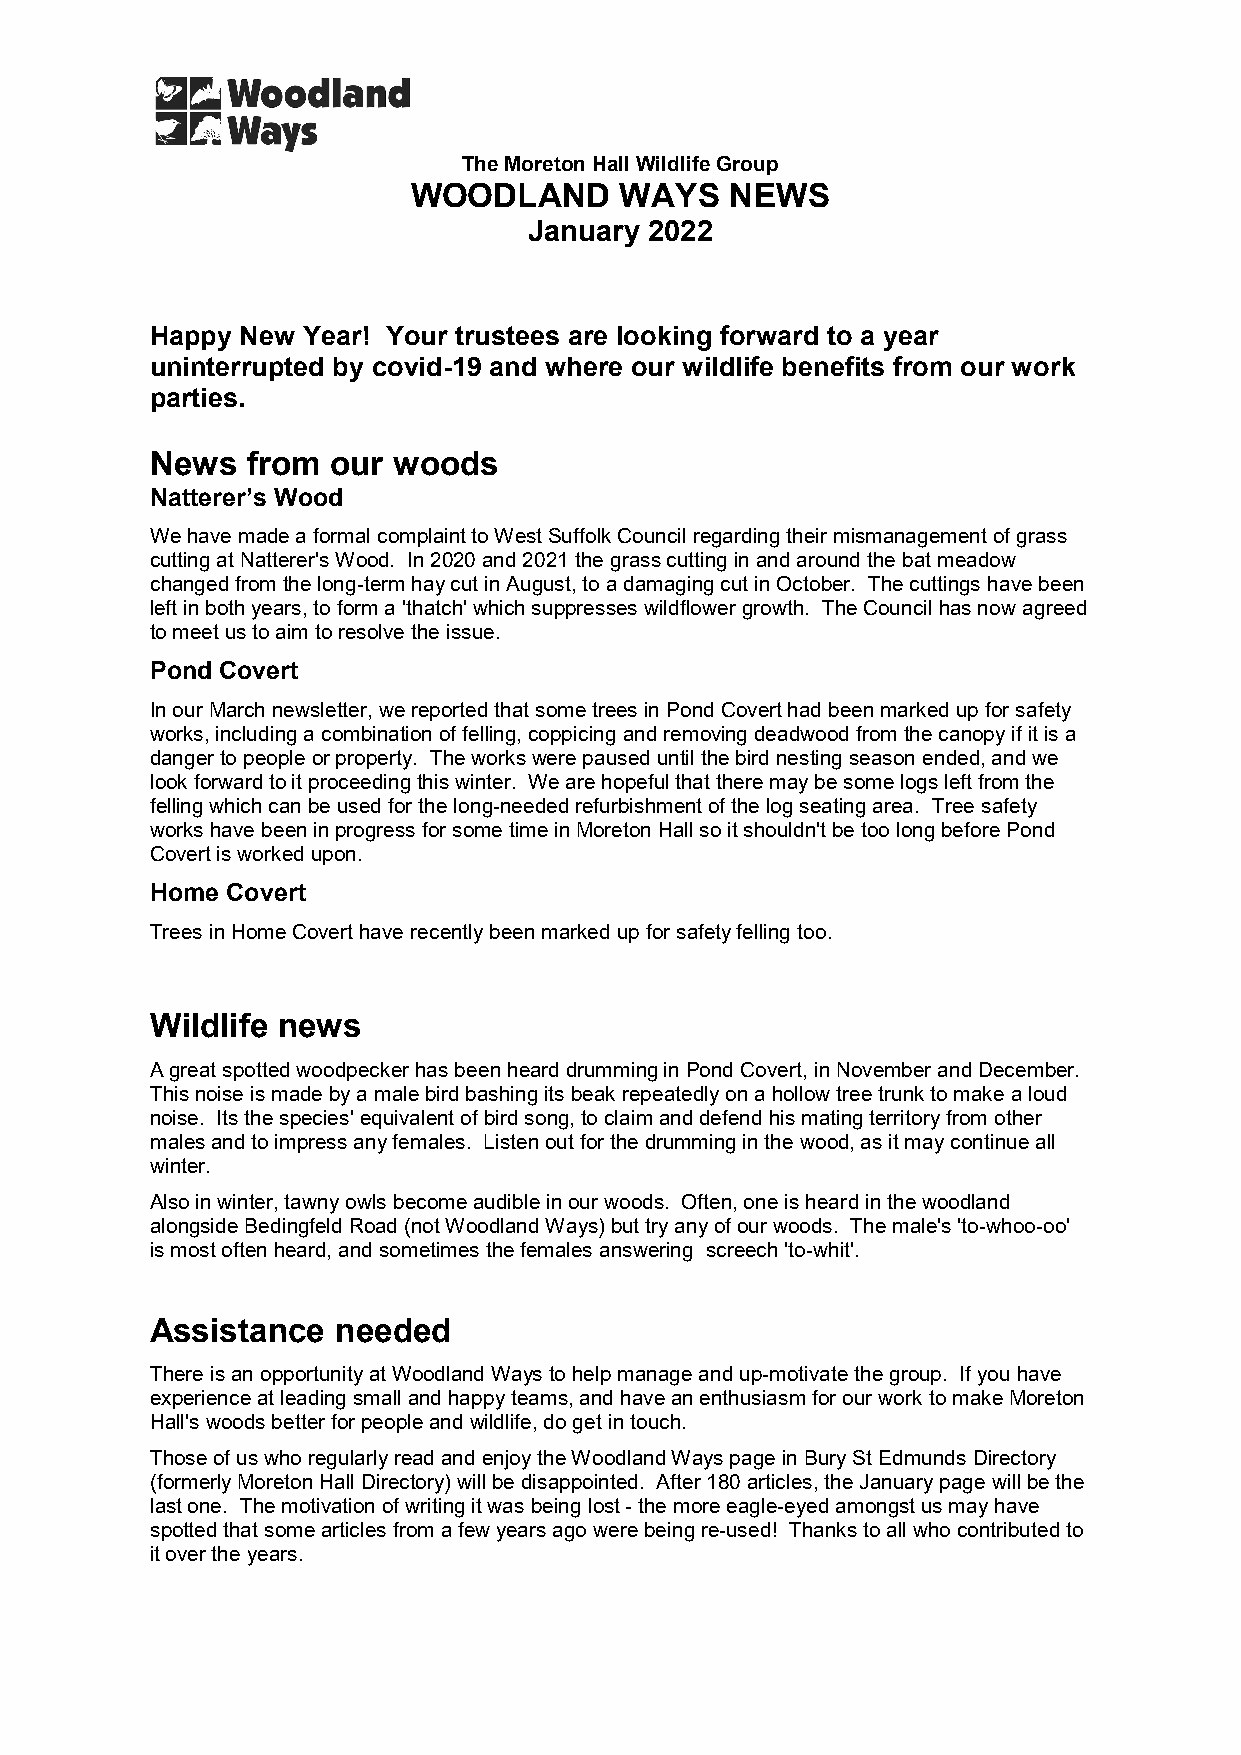
The Moreton Hall Wildlife Group
 WOODLAND      WAYS   NEWS
 January 2022
 Happy New Year! Your trustees are looking forward to a year
 uninterrupted by covid-19 and where our wildlife benefits from our work
 parties.
 News  from  our woods
 Natterer’s Wood
 We have made a formal complaint to West Suffolk Council regarding their mismanagement of grass
 cutting at Natterer's Wood. In 2020 and 2021 the grass cutting in and around the bat meadow
 changed from the long-term hay cut in August, to a damaging cut in October. The cuttings have been
 left in both years, to form a 'thatch' which suppresses wildflower growth. The Council has now agreed
 to meet us to aim to resolve the issue.
 Pond Covert
 In our March newsletter, we reported that some trees in Pond Covert had been marked up for safety
 works, including a combination of felling, coppicing and removing deadwood from the canopy if it is a
 danger to people or property. The works were paused until the bird nesting season ended, and we
 look forward to it proceeding this winter. We are hopeful that there may be some logs left from the
 felling which can be used for the long-needed refurbishment of the log seating area. Tree safety
 works have been in progress for some time in Moreton Hall so it shouldn't be too long before Pond
 Covert is worked upon.
 Home Covert
 Trees in Home Covert have recently been marked up for safety felling too.
 Wildlife news
 A great spotted woodpecker has been heard drumming in Pond Covert, in November and December.
 This noise is made by a male bird bashing its beak repeatedly on a hollow tree trunk to make a loud
 noise. Its the species' equivalent of bird song, to claim and defend his mating territory from other
 males and to impress any females. Listen out for the drumming in the wood, as it may continue all
 winter.
 Also in winter, tawny owls become audible in our woods. Often, one is heard in the woodland
 alongside Bedingfeld Road (not Woodland Ways) but try any of our woods. The male's 'to-whoo-oo'
 is most often heard, and sometimes the females answering screech 'to-whit'.
 Assistance  needed
 There is an opportunity at Woodland Ways to help manage and up-motivate the group. If you have
 experience at leading small and happy teams, and have an enthusiasm for our work to make Moreton
 Hall's woods better for people and wildlife, do get in touch.
 Those of us who regularly read and enjoy the Woodland Ways page in Bury St Edmunds Directory
 (formerly Moreton Hall Directory) will be disappointed. After 180 articles, the January page will be the
 last one. The motivation of writing it was being lost - the more eagle-eyed amongst us may have
 spotted that some articles from a few years ago were being re-used! Thanks to all who contributed to
 it over the years.